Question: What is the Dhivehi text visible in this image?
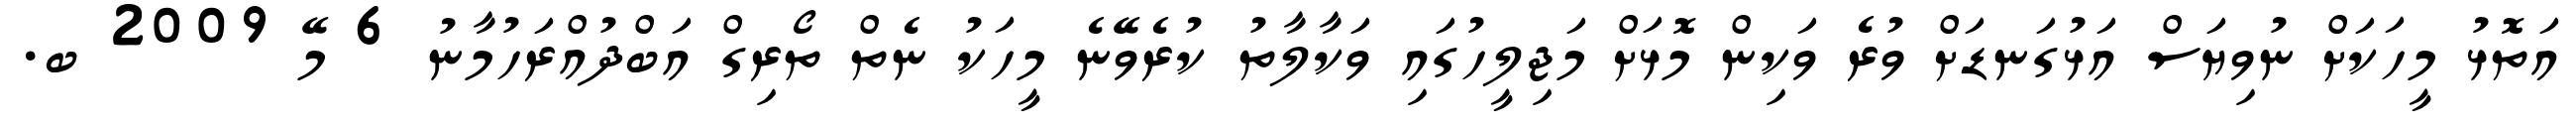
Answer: އަތޮޅު މީހަކަށް ނުވިޔަސް އަޅުގަނޑަށް ވުރެ ވަކިން މޮޅަށް މަޖިލީހުގައި ވަކާލާތު ކުރެވޭނެ މީހަކު ނެތް ތޯރިގް އަބްދުއްރަހުމާނު 6 މޭ 2009 ބ.